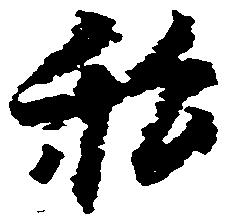
私